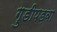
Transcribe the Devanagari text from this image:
गुडीपड़वा